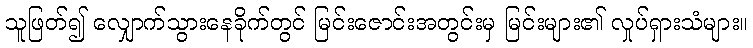
သူဖြတ်၍ လျှောက်သွားနေခိုက်တွင် မြင်းဇောင်းအတွင်းမှ မြင်းများ၏ လှုပ်ရှားသံများ။